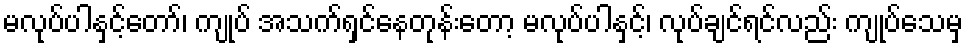
မလုပ်ပါနှင့်တော်၊ ကျုပ် အသက်ရှင်နေတုန်းတော့ မလုပ်ပါနှင့်၊ လုပ်ချင်ရင်လည်း ကျုပ်သေမှ